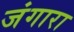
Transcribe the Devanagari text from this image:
जंगारा